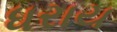
ધરાય